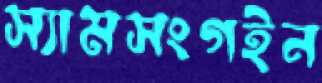
স্যামসংগইন